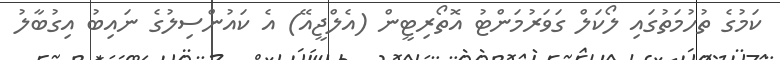
ކަމުގެ ތުހުމަތުގައި ލޯކަލް ގަވަރުމަންޓު އޮތޯރިޓީން (އެލްޖީއޭ) އެ ކައުންސިލުގެ ނައިބު އިގުބާލު